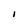
Character: I